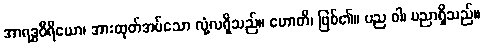
အာရဒ္ဓဝီရိယော၊ အားထုတ်အပ်သော လုံ့လရှိသည်။ ဟောတိ၊ ဖြစ်၏။ ပည ဝါ၊ ပညာရှိသည်။